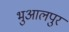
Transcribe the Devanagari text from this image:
भुआलपुर